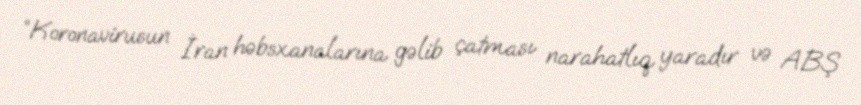
“Koronavirusun İran həbsxanalarına gəlib çatması narahatlıq yaradır və ABŞ